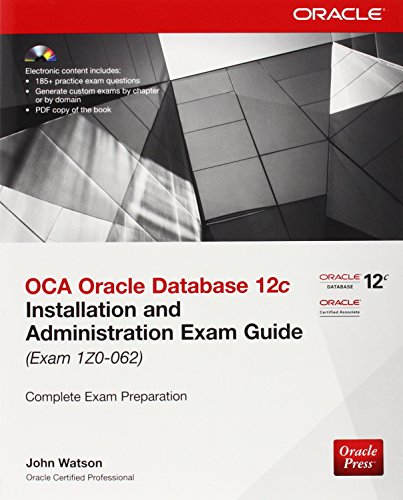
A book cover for OCA Oracle Database 12c Installation and Administration Exam Guide (Exam 1Z0-062) (Oracle Press); John Watson; Computers & Technology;